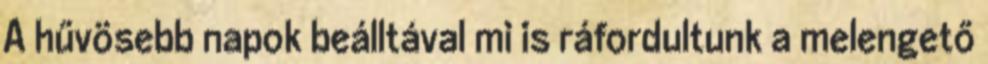
A hűvösebb napok beálltával mi is ráfordultunk a melengető